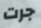
جرت